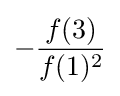
-{\frac {f(3)}{f(1)^{2}}}